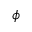
\phi